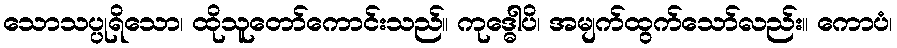
သောသပ္ပုရိသော၊ ထိုသူတော်ကောင်းသည်။ ကုဒ္ဓေါပိ၊ အမျက်ထွက်သော်လည်း။ ကောပံ၊